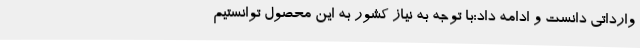
وارداتی دانست و ادامه داد:با توجه به نیاز کشور به این محصول توانستیم